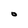
Character: 0